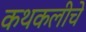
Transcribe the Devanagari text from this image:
कथकलीचे